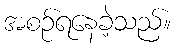
အစဉ်ရနေခဲ့သည်။